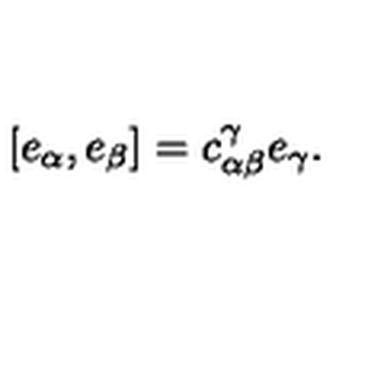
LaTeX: [ e _ { \alpha } , e _ { \beta } ] = c _ { \alpha \beta } ^ { \gamma } e _ { \gamma } .